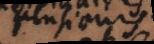
_